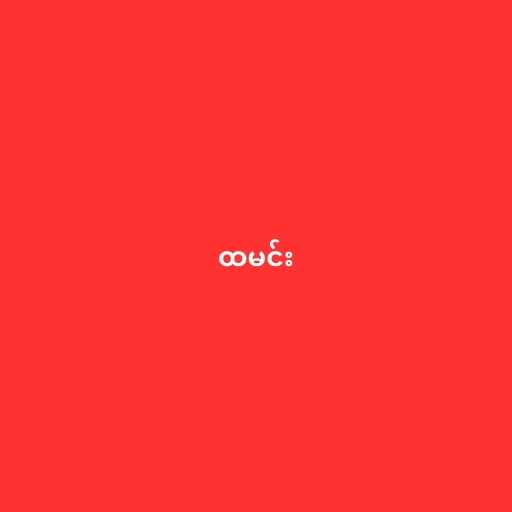
ထမင်း